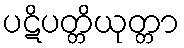
ပဋိပတ္တိယုတ္တာ